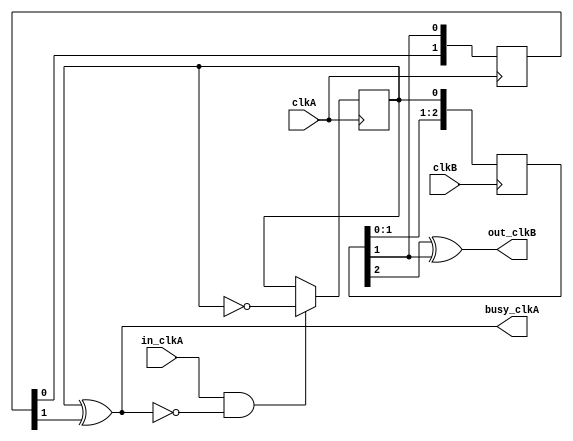
`timescale 1ns / 1ps
////////////////////////////////////////////////////////////////////////////////
// This file is a part of the Antarctic Impulsive Transient Antenna (ANITA)
// project, a collaborative scientific effort between multiple institutions. For
// more information, contact Peter Gorham (gorham@phys.hawaii.edu).
//
// All rights reserved.
//
// Author:
// Author:
////////////////////////////////////////////////////////////////////////////////
module flag_sync(
    input clkA,
    input clkB,
    input in_clkA,
    output busy_clkA,
    output out_clkB
    );

	parameter CLKA="POSEDGE";
	parameter CLKB="POSEDGE";

	reg FlagToggle_clkA;
	reg [2:0] SyncA_clkB;
	reg [1:0] SyncB_clkA;

	initial begin
		SyncA_clkB <= 3'b000;
		SyncB_clkA <= 2'b00;
		FlagToggle_clkA <= 0;
	end
	
	generate
		if (CLKA=="POSEDGE") begin : A_POS_POL
			always @(posedge clkA) if (in_clkA & ~busy_clkA) FlagToggle_clkA <= ~FlagToggle_clkA;
			always @(posedge clkA) SyncB_clkA <= {SyncB_clkA[0],SyncA_clkB[1]};
		end else begin : A_NEG_POL
			always @(negedge clkA) if (in_clkA & ~busy_clkA) FlagToggle_clkA <= ~FlagToggle_clkA;
			always @(negedge clkA) SyncB_clkA <= {SyncB_clkA[0],SyncA_clkB[2]};
		end
	endgenerate
	generate
		if (CLKB=="POSEDGE") begin : B_POS_POL
			always @(posedge clkB) SyncA_clkB <= {SyncA_clkB[1:0], FlagToggle_clkA};
		end else begin : B_NEG_POL
			always @(negedge clkB) SyncA_clkB <= {SyncA_clkB[1:0], FlagToggle_clkA};
		end
	endgenerate

	assign out_clkB = (SyncA_clkB[2] ^ SyncA_clkB[1]);
	assign busy_clkA = FlagToggle_clkA ^ SyncB_clkA[1];
endmodule